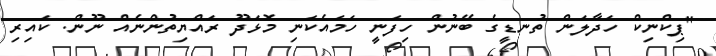
"ޕިކްނިކް ހަދާލަން ތުނޑީގެ ބޭނުން ހިފަނީ ހަމައެކަނި މޮޅަދޫ ރައްޔިތުންނެއް ނޫން. ކައިރި